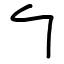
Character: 勹